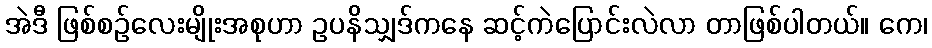
အဲဒီ ဖြစ်စဉ်လေးမျိုးအစုဟာ ဥပနိသျှဒ်ကနေ ဆင့်ကဲပြောင်းလဲလာ တာဖြစ်ပါတယ်။ ကေ၊